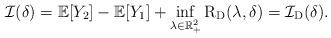
LaTeX: \begin{align*} \mathcal{I}(\delta) = \mathbb{E}[Y_2 ]-\mathbb{E} [Y_1]+ \inf _{\lambda \in \mathbb{R}_{+}^2} \mathrm{R}_{\mathrm{D}}(\lambda, \delta) = \mathcal{I}_{\mathrm{D}}(\delta) . \end{align*}